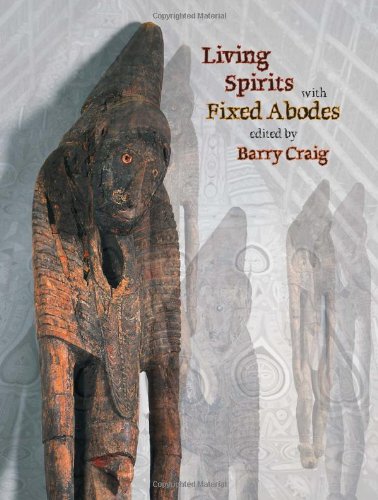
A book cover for Living Spirits with Fixed Abodes: The Masterpieces Exhibition of the Papua New Guinea National Museum and Art Gallery; History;